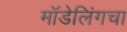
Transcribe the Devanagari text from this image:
मॉडेलिंगचा